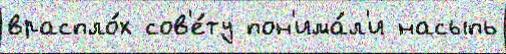
враспло́х сов'е́ту пон'има́л'и насыпь